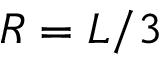
R = L / 3